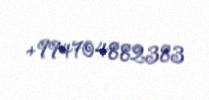
+994704882383